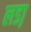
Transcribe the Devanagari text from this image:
लडा़